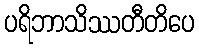
ပရိဘာသိဿတီတိပေ